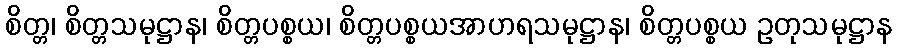
စိတ္တ၊ စိတ္တသမုဋ္ဌာန၊ စိတ္တပစ္စယ၊ စိတ္တပစ္စယအာဟရသမုဋ္ဌာန၊ စိတ္တပစ္စယ ဥတုသမုဋ္ဌာန